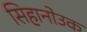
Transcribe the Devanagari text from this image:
सिहानोउक